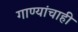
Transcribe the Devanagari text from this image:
गाण्यांचाही